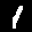
Label: 1